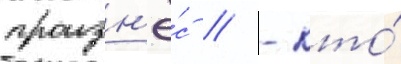
произн'ё́с // - кто́